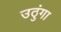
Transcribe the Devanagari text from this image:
उठुंगा